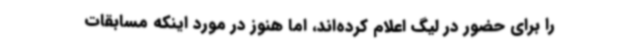
را برای حضور در لیگ اعلام کرده‌اند، اما هنوز در مورد اینکه مسابقات